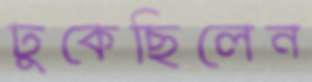
ঢুকেছিলেন